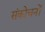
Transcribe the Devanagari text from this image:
संकोचनों